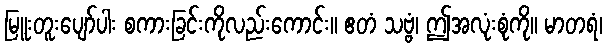
မြူးတူးပျော်ပါး စကားခြင်းကိုလည်းကောင်း။ ဧတံ သဗ္ဗံ၊ ဤအလုံးစုံကို။ မာတရံ၊